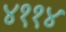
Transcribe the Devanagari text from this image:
४११४